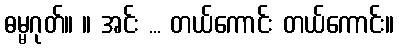
ဓမ္မဂုတ်။ ။ အင်း ... တယ်ကောင်း တယ်ကောင်း။